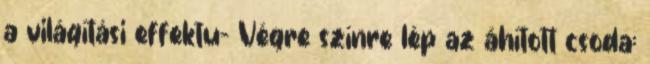
a világítási effektu- Végre színre lép az áhított csoda: